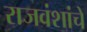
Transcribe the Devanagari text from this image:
राजवंशांचे